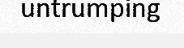
untrumping